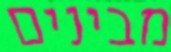
מבינים